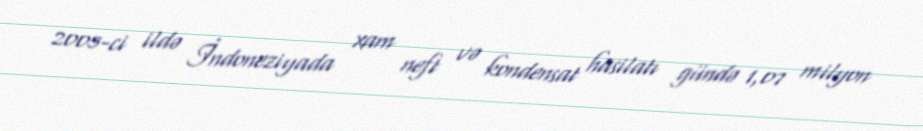
2005-ci ildə İndoneziyada xam neft və kondensat hasilatı gündə 1,07 milyon